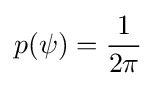
p(\psi )={\frac {1}{2\pi }}